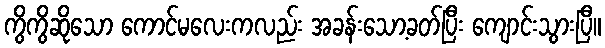
ကွိကွိဆိုသော ကောင်မလေးကလည်း အခန်းသော့ခတ်ပြီး ကျောင်းသွားပြီ။